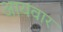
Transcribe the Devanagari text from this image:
आयवार